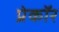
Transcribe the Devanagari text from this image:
प्रेकॉर